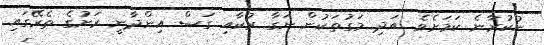
ނުކުރާނެ ކަމަށެވެ. އަދި މަގުތަކުން ނަގާ ރުކާއި ގަސް އިންދާނީ ރަށުގެ ތެރޭގައި